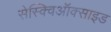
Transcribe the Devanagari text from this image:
सेस्क्विऑक्साइड